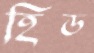
হিড